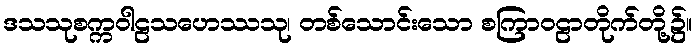
ဒသသုစက္ကဝါဠသဟေဿသု၊ တစ်သောင်းသော စကြာဝဠာတိုက်တို့၌။